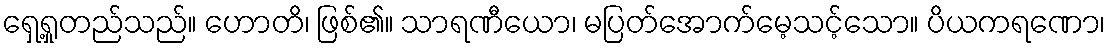
ရှေ့ရှုတည်သည်။ ဟောတိ၊ ဖြစ်၏။ သာရဏီယော၊ မပြတ်အောက်မေ့သင့်သော။ ပိယကရဏော၊